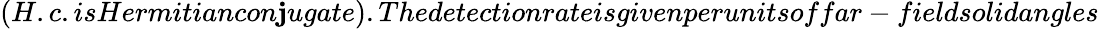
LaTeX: (H.c.isHermitiancon\mathbf{j}ugate).Thedetectionrateisgivenperunitsoffar-fieldsolidangles